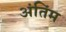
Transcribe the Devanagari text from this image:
अंतिंम